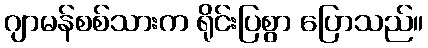
ဂျာမန်စစ်သားက ရိုင်းပြစွာ ပြောသည်။